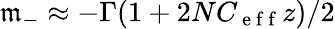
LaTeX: \mathfrak{m}_{-}\approx-\Gamma(1+2NC_{\mathrm{{~e~f~f~}}}z)/2